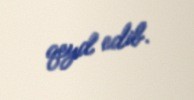
qeyd edib.